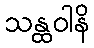
သန္ထဝါနိ